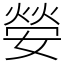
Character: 嫈